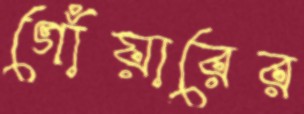
গোঁয়ারের